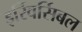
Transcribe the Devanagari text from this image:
इर्रिवर्सिबल